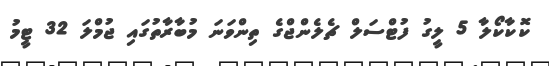
ކޮކާކޯލާ 5 ލީގު ފުޓްސަލް ޗެލެންޖްގެ ތިންވަނަ މުބާރާތުގައި ޖުމްލަ 32 ޓީމު